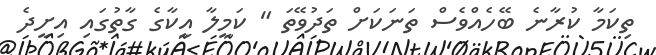
ތިކަމާ ކުރާނެ ބޭހެއްވެސް ތަނަކަށް ތަދުވޭތަ " ކަމީލާ އީކާގެ ގާތުގައި އިށީދެ